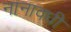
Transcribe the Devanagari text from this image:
नानावधी